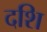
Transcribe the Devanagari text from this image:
दशि